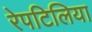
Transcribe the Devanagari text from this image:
रेपटिलिया